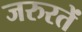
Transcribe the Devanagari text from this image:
जरुरतें